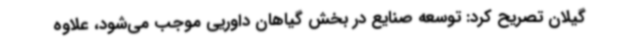
گیلان تصریح کرد: توسعه صنایع در بخش گیاهان داوریی موجب می‌شود، علاوه